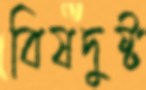
বিষদুষ্ট